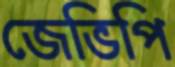
জেভিপি